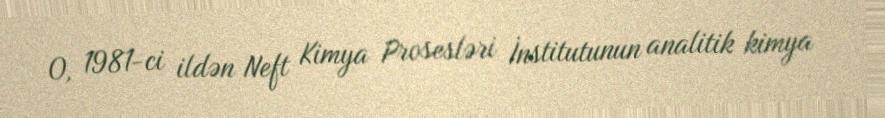
O, 1981-ci ildən Neft Kimya Prosesləri İnstitutunun analitik kimya